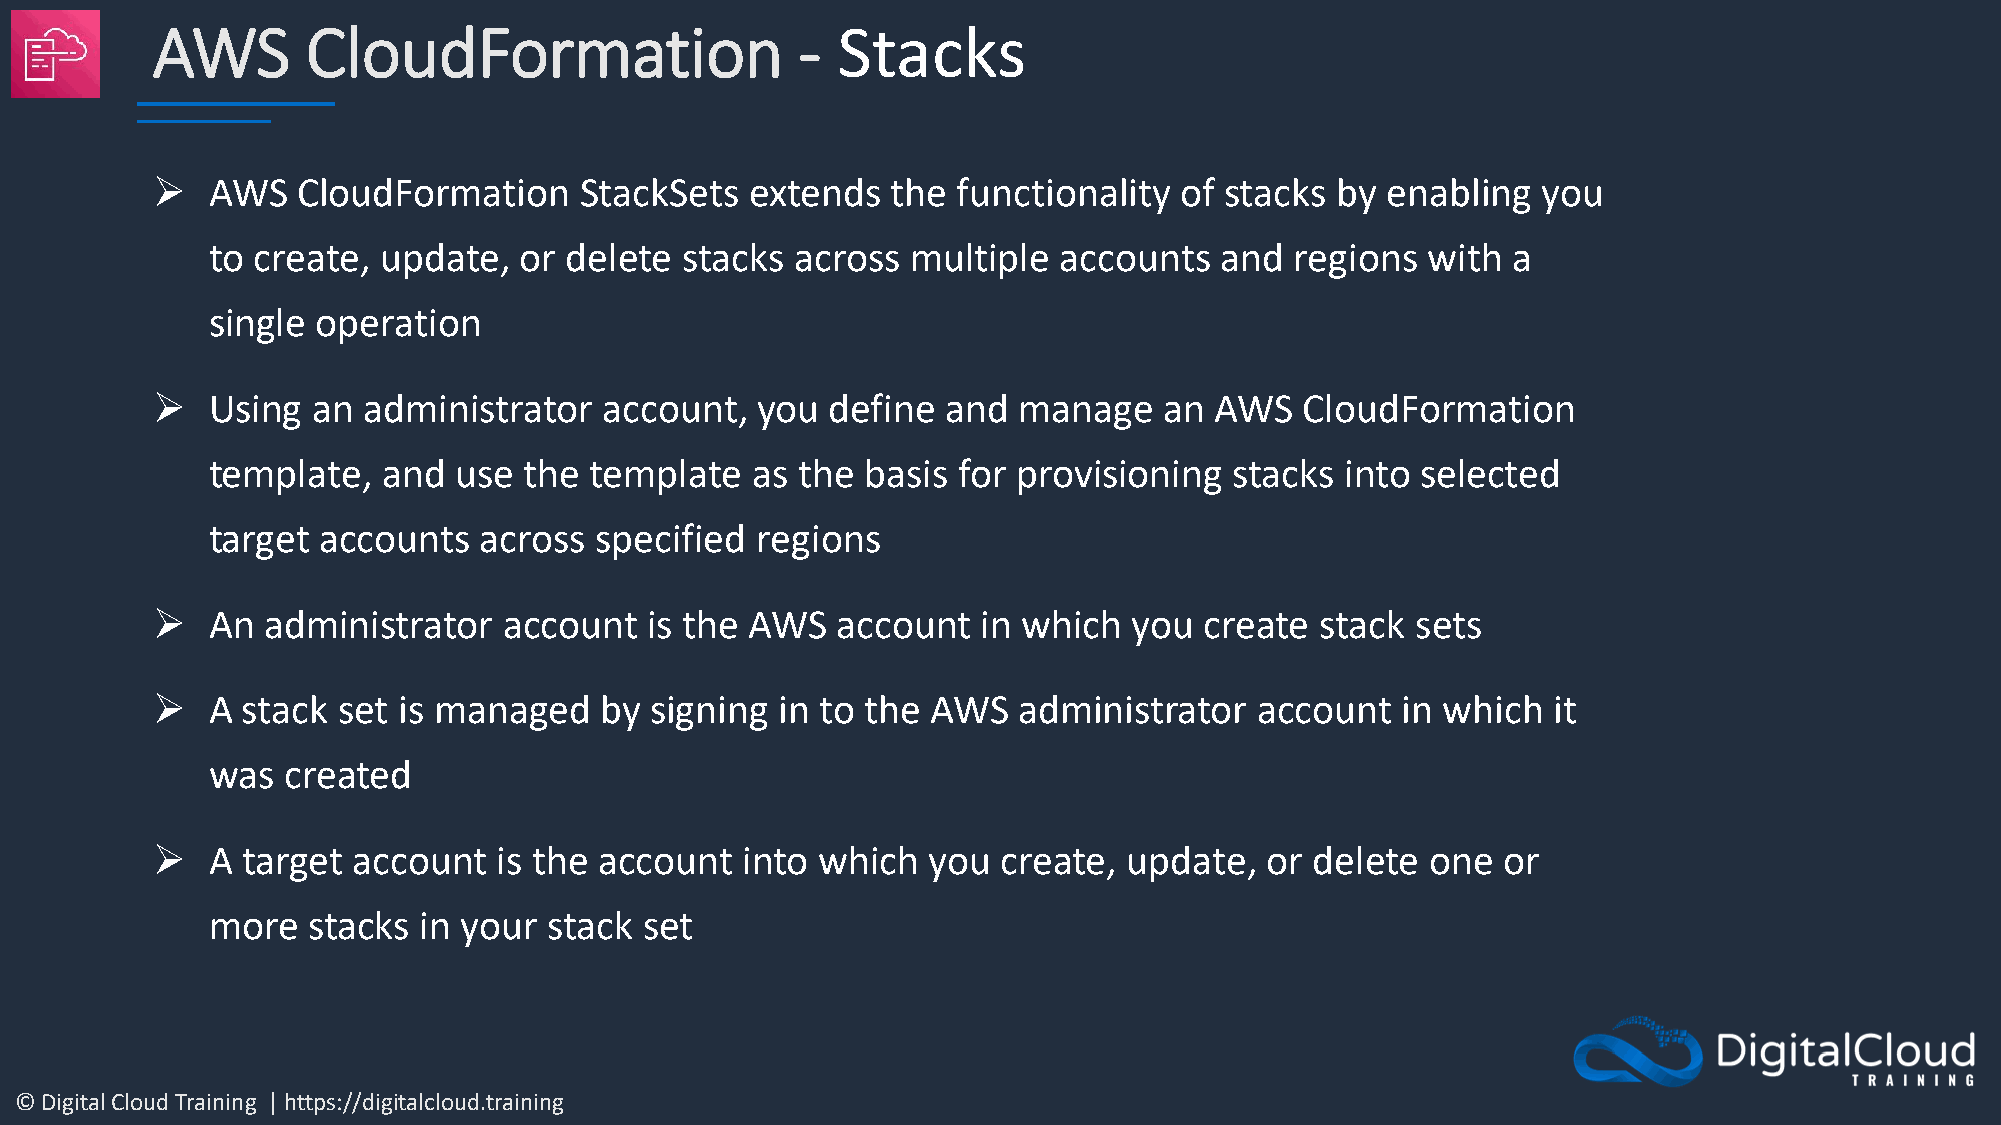
AWS       CloudFormation                   - Stacks
 ➢   AWS   CloudFormation    StackSets   extends  the functionality  of stacks by  enabling  you
 to create, update,  or delete  stacks  across multiple  accounts   and  regions with  a
 single operation
 ➢   Using  an administrator   account,  you  define  and manage    an AWS   CloudFormation
 template,  and  use  the template   as the basis for provisioning   stacks into selected
 target accounts   across specified  regions
 ➢   An administrator   account   is the AWS  account   in which  you  create stack  sets
 ➢   A stack set is managed    by signing  in to the AWS  administrator   account   in which  it
 was  created
 ➢   A target account   is the account  into which  you  create,  update,  or delete  one or
 more  stacks  in your stack  set
 © Digital Cloud Training | https://digitalcloud.training